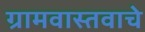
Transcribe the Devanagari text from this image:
ग्रामवास्तवाचे